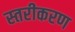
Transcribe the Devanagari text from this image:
स्‍तरीकरण